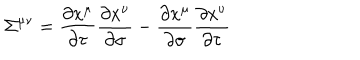
LaTeX: { \Sigma } ^ { \mu \nu } = \frac { \partial x ^ { \mu } } { \partial \tau } \frac { \partial x ^ { \nu } } { \partial \sigma } - \frac { \partial x ^ { \mu } } { \partial \sigma } \frac { \partial x ^ { \nu } } { \partial \tau }